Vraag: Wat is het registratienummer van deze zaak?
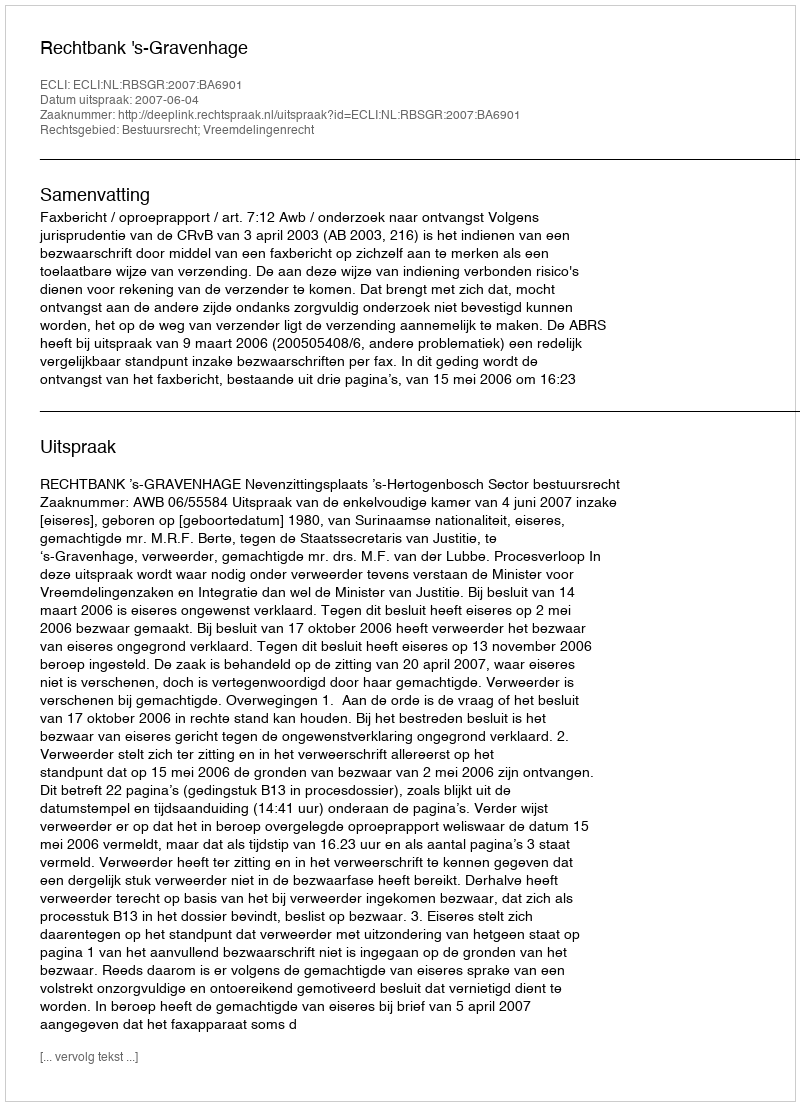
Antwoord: http://deeplink.rechtspraak.nl/uitspraak?id=ECLI:NL:RBSGR:2007:BA6901